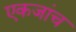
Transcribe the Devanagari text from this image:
एकजांच